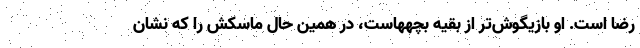
رضا است. او بازیگوش‌تر از بقیه بچههاست، در همین حال ماسکش را که نشان